Scottish Leaving Certificate Examination, 1951
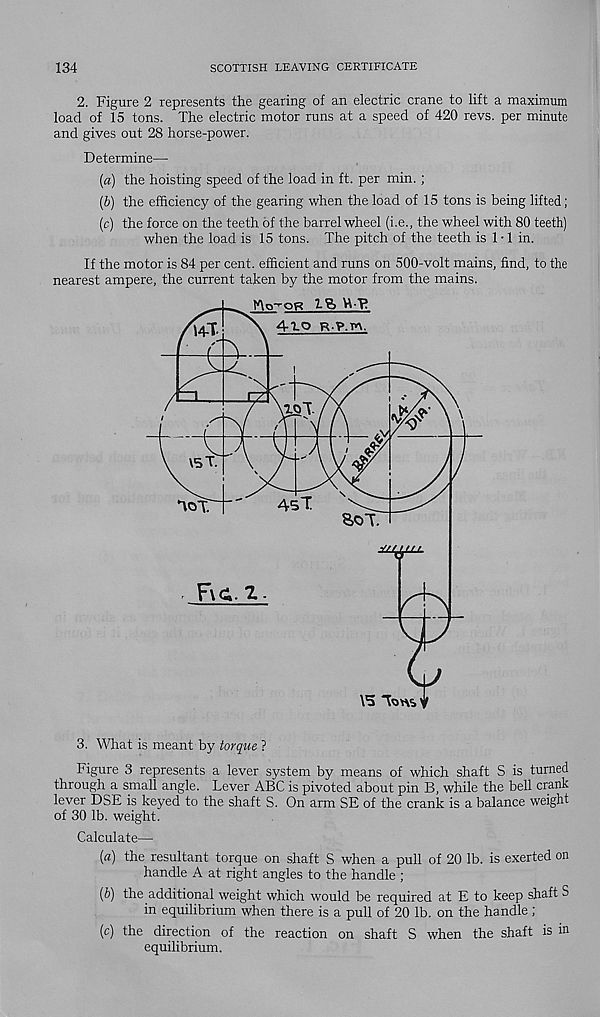
134
SCOTTISH LEAVING CERTIFICATE
2. Figure 2 represents the gearing of an electric crane to lift a maximum
load of 15 tons. The electric motor runs at a speed of 420 revs, per minute
and gives out 28 horse-power.
Determine—
(«) the hoisting speed of the load in ft. per min.;
(b) the efficiency of the gearing when the load of 15 tons is being lifted;
(c) the force on the teeth of the barrel wheel (i.e., the wheel with 80 teeth)
when the load is 15 tons. The pitch of the teeth is 1 • 1 in.
If the motor is 84 per cent, efficient and runs on 500-volt mains, find, to the
nearest ampere, the current taken by the motor from the mains.
3. What is meant by torque ?
Figure 3 represents a lever system by means of which shaft S is turned
through a small angle. Lever ABC is pivoted about pin B, while the bell crank
lever DSE is keyed to the shaft S. On arm SE of the crank is a balance weight
of 30 lb. weight.
Calculate—
(a) the resultant torque on shaft S when a pull of 20 lb. is exerted on
handle A at right angles to the handle ;
(b) the additional weight which would be required at E to keep shaft S
in equilibrium when there is a pull of 20 lb. on the handle;
(c) the direction of the reaction on shaft S when the shaft is in
equilibrium.